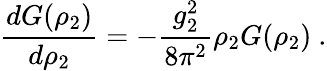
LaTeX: \frac{dG(\rho_{2})}{d\rho_{2}}=-\frac{g_{2}^{2}}{8\pi^{2}}\rho_{2}G(\rho_{2})~.